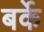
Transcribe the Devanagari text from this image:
बर्के